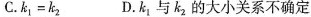
C. $$k _ { 1 } = k _ { 2 }$$ D. k_{1} 与k_{2} 的大小关系不确定